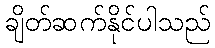
ချိတ်ဆက်နိုင်ပါသည်